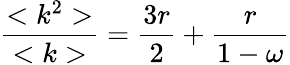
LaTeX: \frac{<k^{2}>}{<k>}=\frac{3r}{2}+\frac{r}{1-\omega}